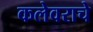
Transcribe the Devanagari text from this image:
कलेवराचे